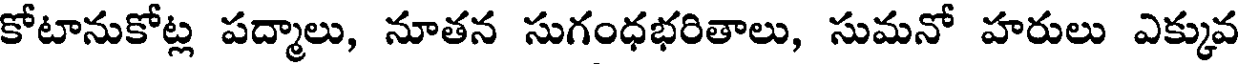
కోటానుకోట్ల పద్మాలు, నూతన సుగంధభరితాలు, సుమనో హరులు ఎక్కువ